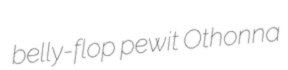
belly-flop pewit Othonna